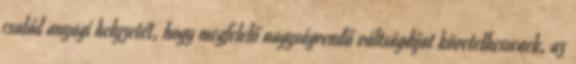
család anyagi helyzetét, hogy megfelelő nagyságrendű váltságdíjat követelhessenek, az